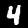
Label: 4